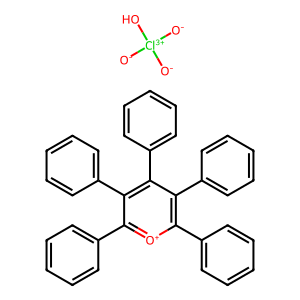
SMILES: [O-][Cl+3]([O-])([O-])O.c1ccc(-c2[o+]c(-c3ccccc3)c(-c3ccccc3)c(-c3ccccc3)c2-c2ccccc2)cc1
Inhibits HIV replication: No